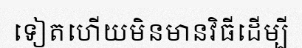
ទៀតហើយមិនមានវិធីដើម្បី